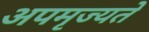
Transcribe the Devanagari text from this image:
अपमृज्यते